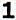
1